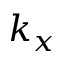
k _ { x }